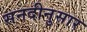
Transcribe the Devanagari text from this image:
सनदीनुसार